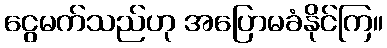
ငွေမက်သည်ဟု အပြောမခံနိုင်ကြ။